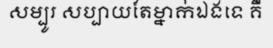
សម្បូរ សប្បាយតែម្នាក់ឯងទេ គឺ